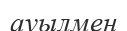
ауылмен